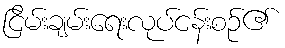
ငြိမ်းချမ်းရေးလုပ်ငန်းစဉ်၏